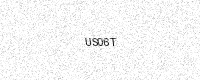
Text: US06T